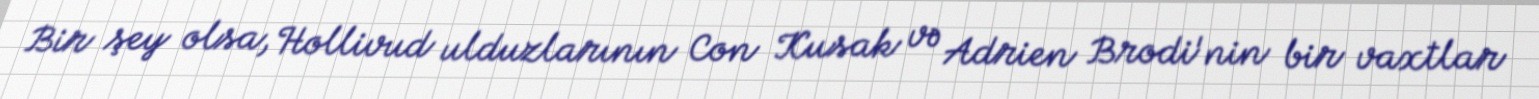
Bir şey olsa, Hollivud ulduzlarının Con Kusak və Adrien Brodi'nin bir vaxtlar